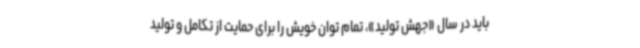
باید در سال «جهش تولید»، تمام توان خویش را برای حمایت از تکامل و تولید